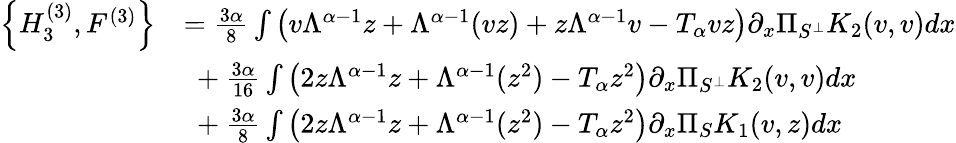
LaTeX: \begin{array}{rl}{\left\{ {H}_{3}^{(3)},F^{(3)}\right\} }&{=\frac{3\alpha}{8}\int\left(v\Lambda^{\alpha-1}z+\Lambda^{\alpha-1}(vz)+z\Lambda^{\alpha-1}v-T_{\alpha}vz\right)\partial_{x}\Pi_{S^{\perp}}K_{2}(v,v)dx}\\ &{\ +\frac{3\alpha}{16}\int\left(2z\Lambda^{\alpha-1}z+\Lambda^{\alpha-1}(z^{2})-T_{\alpha}z^{2}\right)\partial_{x}\Pi_{S^{\perp}}K_{2}(v,v)dx}\\ &{\ +\frac{3\alpha}{8}\int\left(2z\Lambda^{\alpha-1}z+\Lambda^{\alpha-1}(z^{2})-T_{\alpha}z^{2}\right)\partial_{x}\Pi_{S}K_{1}(v,z)dx}\end{array}